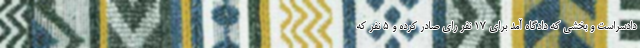
دادسراست و بخشی که دادگاه آمد برای ۱۷ نفر رای صادر کرده و ۵ نفر که